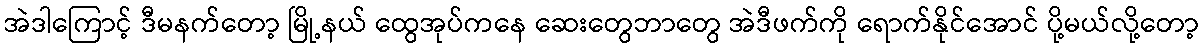
အဲဒါကြောင့် ဒီမနက်တော့ မြို့နယ် ထွေအုပ်ကနေ ဆေးတွေဘာတွေ အဲဒီဖက်ကို ရောက်နိုင်အောင် ပို့မယ်လို့တော့